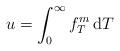
LaTeX: \begin{align*}u = \int_0^{\infty} f^m_T \, \textrm{d}T\end{align*}